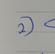
Signature authenticity: genuine